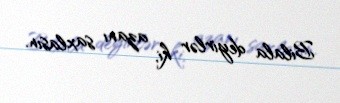
Bilala deyirlər ki, azanı saxlasın.